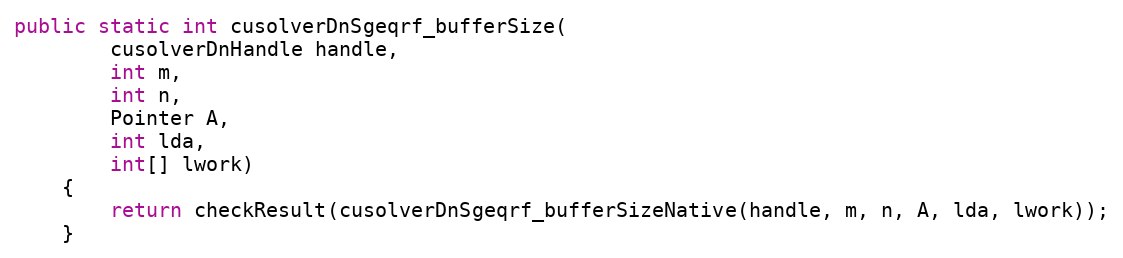
Language: Java
public static int cusolverDnSgeqrf_bufferSize(
        cusolverDnHandle handle,
        int m,
        int n,
        Pointer A,
        int lda,
        int[] lwork)
    {
        return checkResult(cusolverDnSgeqrf_bufferSizeNative(handle, m, n, A, lda, lwork));
    }